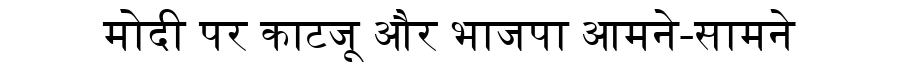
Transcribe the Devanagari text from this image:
मोदी पर काटजू और भाजपा आमने-सामने